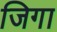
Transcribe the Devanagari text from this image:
जिगा